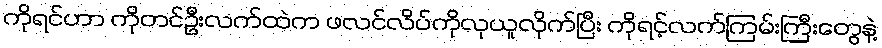
ကိုရင်ဟာ ကိုတင်ဦးလက်ထဲက ဖလင်လိပ်ကိုလုယူလိုက်ပြီး ကိုရင့်လက်ကြမ်းကြီးတွေနဲ့